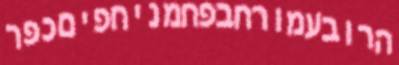
הרובעמורחבפחמניחפיםכפר